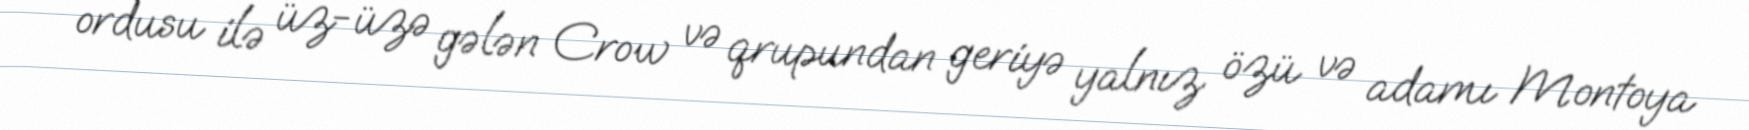
ordusu ilə üz-üzə gələn Crow və qrupundan geriyə yalnız özü və adamı Montoya